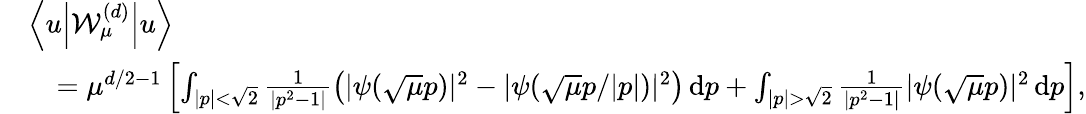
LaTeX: \begin{array}{rl}&{\left\langle u\middle\vert\mathcal{W}_{\mu}^{(d)}\middle\vert u\right\rangle}\\ &{\quad=\mu^{d/2-1}\left[\int_{|p|<\sqrt{2}}\frac{1}{|p^{2}-1|}\left(|\psi(\sqrt{\mu}p)|^{2}-|\psi(\sqrt{\mu}p/|p|)|^{2}\right)\, \textnormal{d}p+\int_{|p|>\sqrt{2}}\frac{1}{|p^{2}-1|}|\psi(\sqrt{\mu}p)|^{2}\, \textnormal{d}p\right],}\end{array}